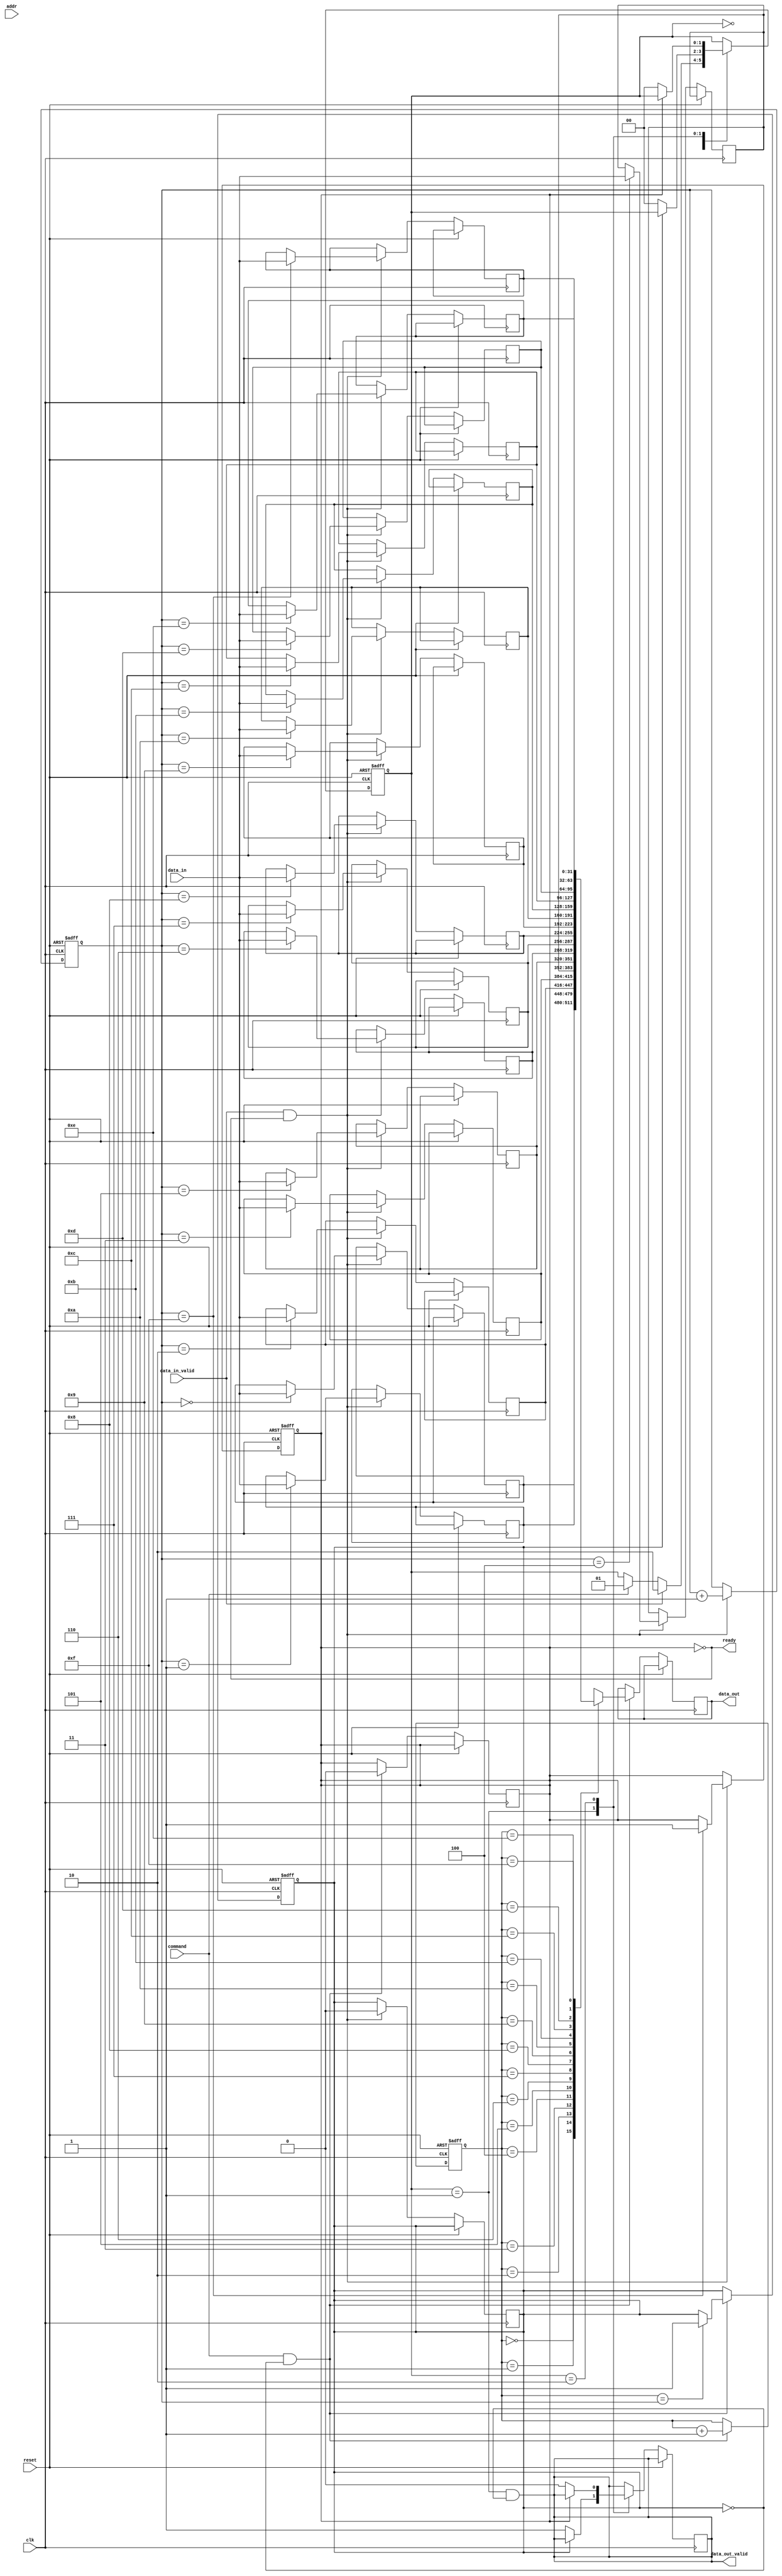
module io_block (
    input wire clk,               // Main clock
    input wire reset,             // Reset signal
    input wire [31:0] data_in,    // Input data
    input wire data_in_valid,      // Input data valid
    output wire [31:0] data_out,   // Output data
    output wire data_out_valid,     // Output data valid
    input wire command,             // Read or Write command
    output wire ready,              // Ready signal for external controller
    input wire [11:0] addr         // Address input
);

    // Parameters for FIFO depth, etc.
    parameter FIFO_DEPTH = 16;
    
    // Internal signals
    wire [31:0] fifo_out;
    wire fifo_full, fifo_empty;
    
    // FIFO Buffer for input data
    reg [31:0] fifo_mem[FIFO_DEPTH-1:0];
    reg [3:0] write_pointer, read_pointer;
    reg fifo_full_reg, fifo_empty_reg;
    
    // Control Logic States
    reg [1:0] state;
    localparam IDLE = 2'b00, READ = 2'b01, WRITE = 2'b10;
    
    // Input Buffer Logic
    always @(posedge clk or posedge reset) begin
        if (reset) begin
            write_pointer <= 0;
            fifo_full_reg <= 0;
        end else if (data_in_valid && !fifo_full_reg) begin
            fifo_mem[write_pointer] <= data_in;
            write_pointer <= write_pointer + 1;
            if (write_pointer == FIFO_DEPTH-1) fifo_full_reg <= 1;
            fifo_empty_reg <= 0;
        end
    end
    
    // Output Buffer Logic
    always @(posedge clk or posedge reset) begin
        if (reset) begin
            read_pointer <= 0;
            fifo_empty_reg <= 1;
        end else if (command && !fifo_empty_reg) begin
            data_out <= fifo_mem[read_pointer];
            read_pointer <= read_pointer + 1;
            if (read_pointer == write_pointer) fifo_empty_reg <= 1;
            fifo_full_reg <= 0;
        end
    end
    
    // Control Logic
    always @(posedge clk or posedge reset) begin
        if (reset) begin
            state <= IDLE;
        end else begin
            case (state)
                IDLE: begin
                    if (data_in_valid) begin
                        state <= WRITE;
                    end else if (command) begin
                        state <= READ;
                    end
                end
                READ: begin
                    if (!fifo_empty_reg) begin
                        data_out_valid <= 1; // Signal that output is valid
                        state <= IDLE;       // Transition back to idle
                    end
                end
                WRITE: begin
                    if (!fifo_full_reg) begin
                        data_out_valid <= 0; // Reset output valid
                        state <= IDLE;       // Transition back to idle
                    end
                end
            endcase
        end
    end

    // Ready signal
    assign ready = !fifo_full_reg;

    // Define output valid signal
    assign data_out_valid = (state == READ) && !fifo_empty_reg;

endmodule